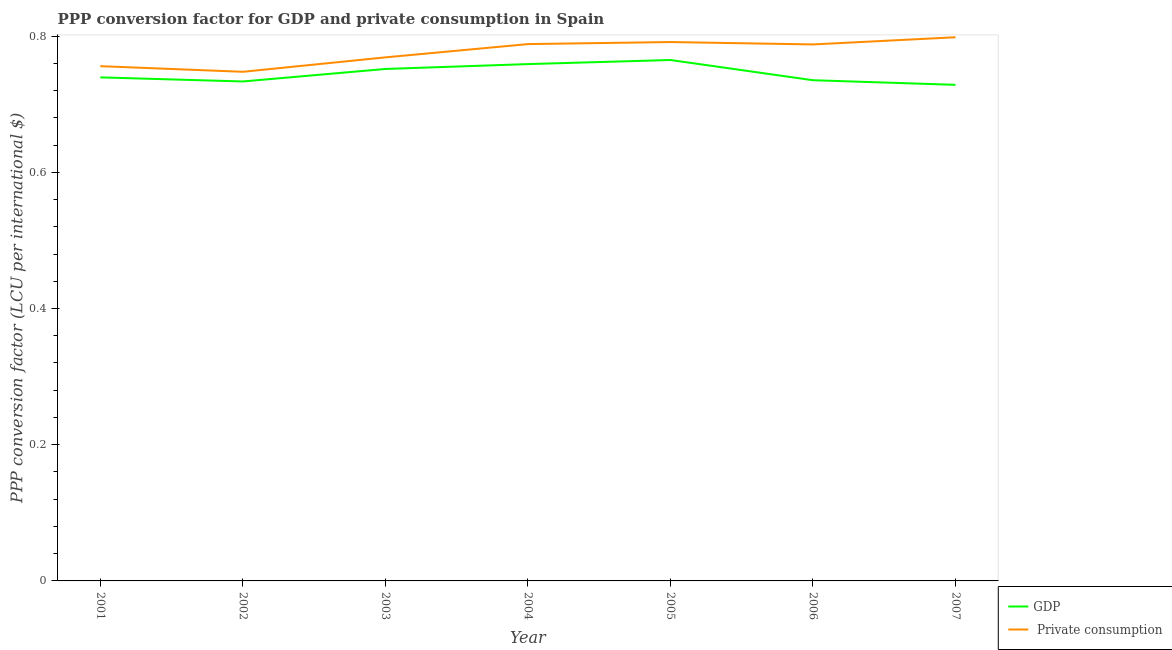
| Year | GDP |  Private consumption |
 | --- | --- | --- |
 | 2001 | 0.739 | 0.756 |
 | 2002 | 0.733 | 0.748 |
 | 2003 | 0.752 | 0.769 |
 | 2004 | 0.759 | 0.788 |
 | 2005 | 0.765 | 0.791 |
 | 2006 | 0.735 | 0.788 |
 | 2007 | 0.728 | 0.798 |